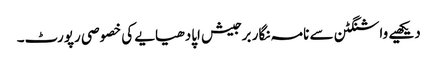
دیکھیے واشنگٹن سے نامہ نگار برجیش اپادھیایے کی خصوصی رپورٹ۔